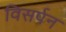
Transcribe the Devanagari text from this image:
विसर्पन